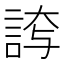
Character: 𮘊